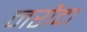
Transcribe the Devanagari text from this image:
नरौदा